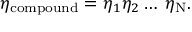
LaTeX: \eta _ { \mathrm { c o m p o u n d } } = \eta _ { 1 } \eta _ { 2 } \ldots \; \eta _ { \mathrm { N } } .